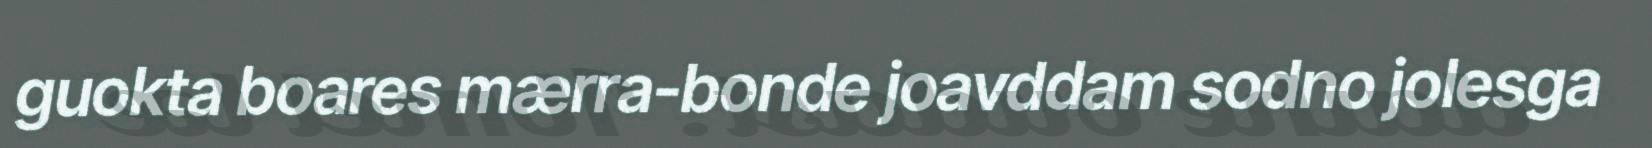
guokta boares mærra-bonde joavddam sodno jolesga